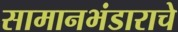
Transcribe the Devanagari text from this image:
सामानभंडाराचे